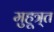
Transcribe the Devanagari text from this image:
मुहूत्र्त